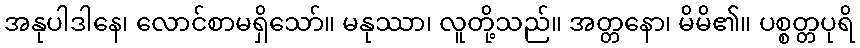
အနုပါဒါနေ၊ လောင်စာမရှိသော်။ မနုဿာ၊ လူတို့သည်။ အတ္တနော၊ မိမိ၏။ ပစ္စတ္တပုရိ